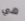
هي